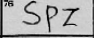
Transcription: SPZ